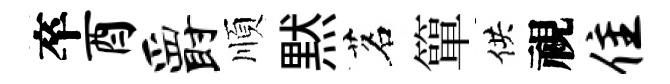
卒酉爵順黙茗簞供視隹